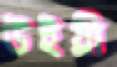
উইয্রী